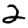
Digit: 2